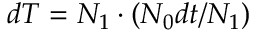
d T = N _ { 1 } \cdot ( N _ { 0 } d t / N _ { 1 } )